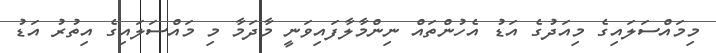
މިމައްސަލައިގެ މިއަދުގެ އަޑު އެހުންތައް ނިންމާލާފައިވަނީ މާދަމާ މި މައްސަލައިގެ އިތުރު އަޑު